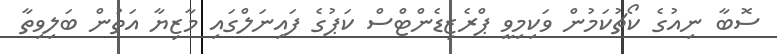
ސޮބާ ނިއުގެ ކޯޗުކަމުން ވަކިމިވީ ޕްރެޒިޑެންޓްސް ކަޕުގެ ފައިނަލްގައި މާޒިޔާ އަތުން ބަލިވިތާ